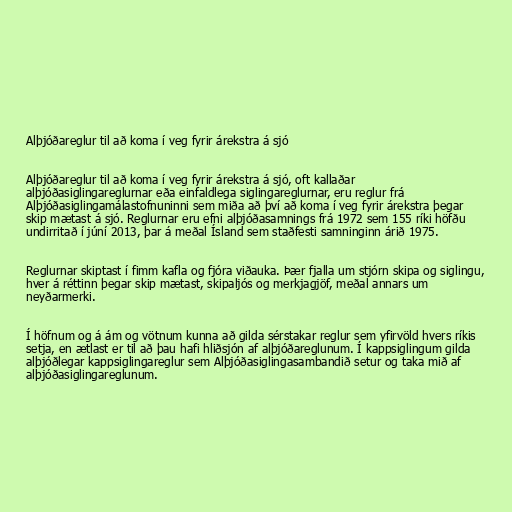
Alþjóðareglur til að koma í veg fyrir árekstra á sjó

Alþjóðareglur til að koma í veg fyrir árekstra á sjó, oft kallaðar
alþjóðasiglingareglurnar eða einfaldlega siglingareglurnar, eru reglur frá
Alþjóðasiglingamálastofnuninni sem miða að því að koma í veg fyrir árekstra þegar
skip mætast á sjó. Reglurnar eru efni alþjóðasamnings frá 1972 sem 155 ríki höfðu
undirritað í júní 2013, þar á meðal Ísland sem staðfesti samninginn árið 1975.

Reglurnar skiptast í fimm kafla og fjóra viðauka. Þær fjalla um stjórn skipa og siglingu,
hver á réttinn þegar skip mætast, skipaljós og merkjagjöf, meðal annars um
neyðarmerki.

Í höfnum og á ám og vötnum kunna að gilda sérstakar reglur sem yfirvöld hvers ríkis
setja, en ætlast er til að þau hafi hliðsjón af alþjóðareglunum. Í kappsiglingum gilda
alþjóðlegar kappsiglingareglur sem Alþjóðasiglingasambandið setur og taka mið af
alþjóðasiglingareglunum.